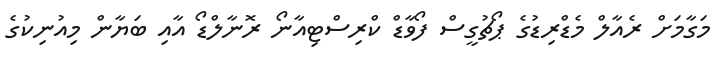
މަގާމަށް ރެއާލް މެޑްރިޑުގެ ޕޯޗުގީސް ފޯވާޑް ކްރިސްޓިއާނޯ ރޮނާލްޑޯ އާއި ބަޔާން މިއުނިކުގެ